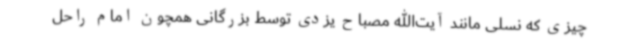
چیزی که نسلی مانند آیت‌الله مصباح یزدی توسط بزرگانی همچون امام راحل